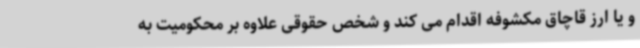
و یا ارز قاچاق مکشوفه اقدام می کند و شخص حقوقی علاوه بر محکومیت به